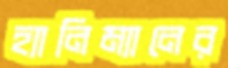
হ্যানিম্যানের